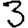
Digit: 3